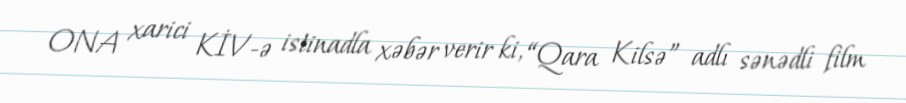
ONA xarici KİV-ə istinadla xəbər verir ki, “Qara Kilsə” adlı sənədli film